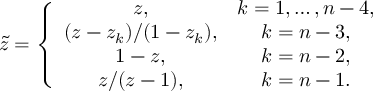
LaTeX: \tilde { z } = \left\{ \begin{array} { c c } { { z , } } & { { k = 1 , \ldots , n - 4 , } } \\ { { ( z - z _ { k } ) / ( 1 - z _ { k } ) , } } & { { k = n - 3 , } } \\ { { 1 - z , } } & { { k = n - 2 , } } \\ { { z / ( z - 1 ) , } } & { { k = n - 1 . } } \end{array} \right.